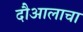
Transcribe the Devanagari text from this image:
दौआलाचा